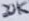
Text: 20K